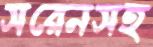
সরেনসহ